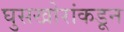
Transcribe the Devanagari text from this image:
घुसखोरांकडून